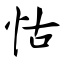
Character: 怙